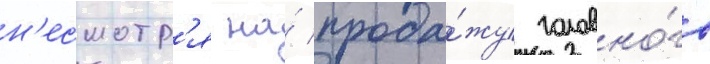
н'есмотр'я на́ прода́жу головно́го